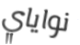
نواياي